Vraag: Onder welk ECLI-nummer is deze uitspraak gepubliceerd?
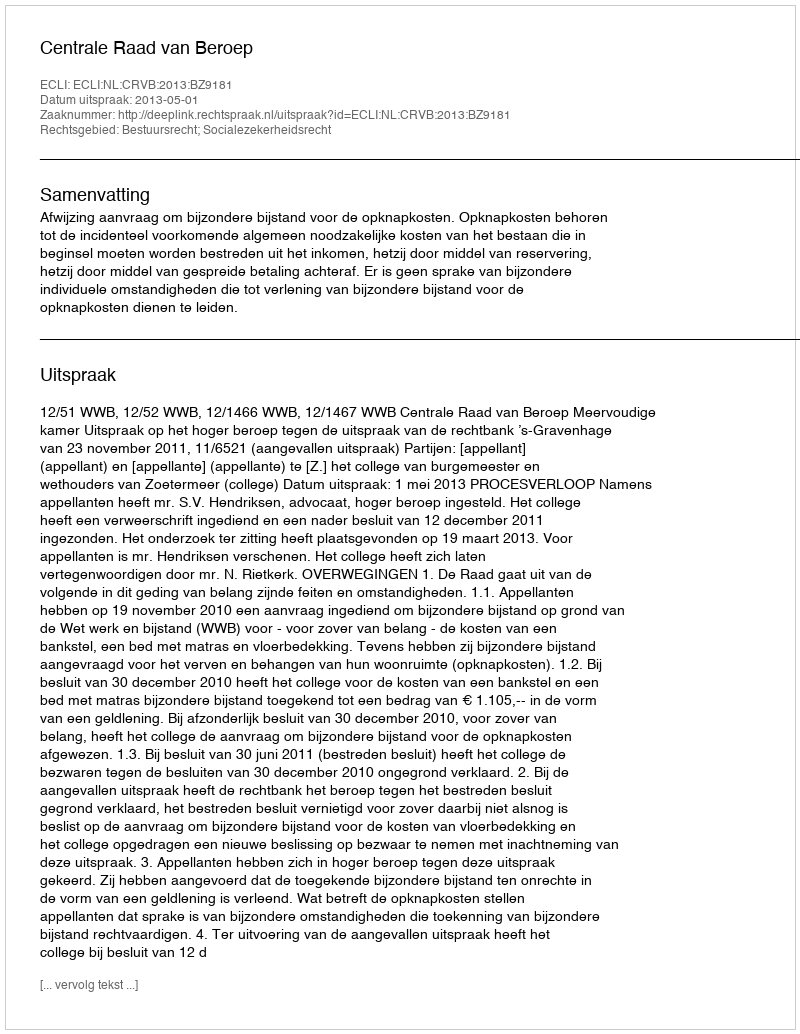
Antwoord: ECLI:NL:CRVB:2013:BZ9181